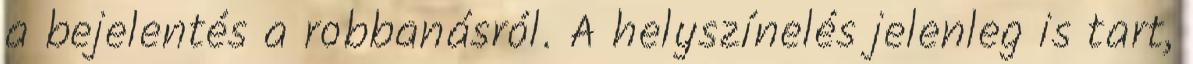
a bejelentés a robbanásról. A helyszínelés jelenleg is tart,